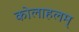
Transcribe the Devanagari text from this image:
कोलाहलम्